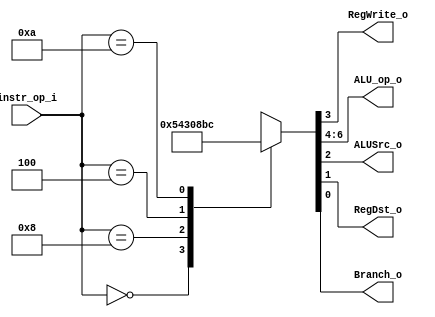
//// 109550018
////Subject:     CO project 2 - Decoder
////--------------------------------------------------------------------------------
////Version:     1
////--------------------------------------------------------------------------------
////Writer:      Luke
////----------------------------------------------
////Date:        
////----------------------------------------------
////Description: 
////--------------------------------------------------------------------------------
`timescale 1ns/1ps
module Decoder(
    instr_op_i,
	RegWrite_o,
	ALU_op_o,
	ALUSrc_o,
	RegDst_o,
	Branch_o
	);
     
//I/O ports
input  [6-1:0] instr_op_i;

output         RegWrite_o;
output [3-1:0] ALU_op_o;
output         ALUSrc_o;
output         RegDst_o;
output         Branch_o;
 
//Internal Signals
reg    [3-1:0] ALU_op_o;
reg            ALUSrc_o;
reg            RegWrite_o;
reg            RegDst_o;
reg            Branch_o;

//Main function
always @ (*) begin
    case (instr_op_i)
        // r-formats : add, sub, and, or, slt
        6'b000000: { ALU_op_o, RegWrite_o, ALUSrc_o, RegDst_o, Branch_o } <= 7'b0101010;
        // addi
        6'b001000: { ALU_op_o, RegWrite_o, ALUSrc_o, RegDst_o, Branch_o } <= 7'b0001100;
        // beq
        6'b000100: { ALU_op_o, RegWrite_o, ALUSrc_o, RegDst_o, Branch_o } <= 7'b0010001;
        // slti
        6'b001010: { ALU_op_o, RegWrite_o, ALUSrc_o, RegDst_o, Branch_o } <= 7'b0111100;
        // default
        default: { ALU_op_o, RegWrite_o, ALUSrc_o, RegDst_o, Branch_o } <= 7'bxxxxxxx;
    endcase
end

endmodule